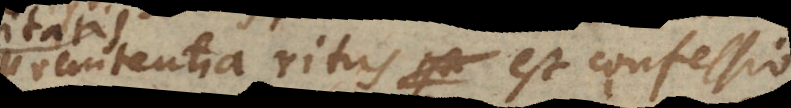
Poenitentia ritus est confessio